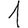
Digit: 1